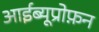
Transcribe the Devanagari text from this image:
आईब्यूप्रोफ़न